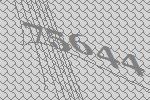
75644